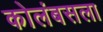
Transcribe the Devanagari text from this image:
कोलंबसला